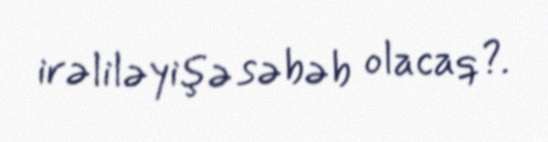
irəliləyişə səbəb olacaq?.